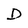
Character: D